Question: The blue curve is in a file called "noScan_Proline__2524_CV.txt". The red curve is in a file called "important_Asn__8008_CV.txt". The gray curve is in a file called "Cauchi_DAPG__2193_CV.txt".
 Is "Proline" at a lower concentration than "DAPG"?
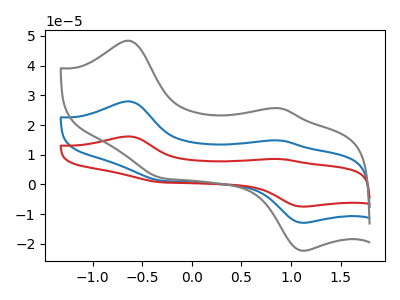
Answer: <think>The blue curve "Proline" has anodic peaks at (-0.65V, 28.00uA) (0.90V, 14.80uA) and cathodic peaks at (1.10V, -12.90uA) (-0.30V, 1.30uA). The red curve "Asn" has anodic peaks at (-0.65V, 56.00uA) (0.90V, 29.60uA) and cathodic peaks at (1.10V, -25.80uA) (-0.30V, 2.60uA). The gray curve "DAPG" has anodic peaks at (-0.65V, 48.40uA) (0.90V, 25.60uA) and cathodic peaks at (1.10V, -22.30uA) (-0.30V, 2.25uA).
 All the peaks in "DAPG" have a peak in "Proline" at the same potential.</think>
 <answer>I cant tell if "DAPG" or "Proline" has higher concentration.</answer>
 <eval>mixed_concentration</eval>